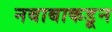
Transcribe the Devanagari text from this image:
नबाबाकडून